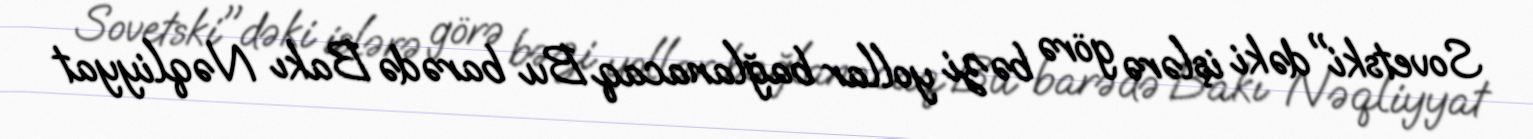
Sovetski"dəki işlərə görə bəzi yollar bağlanacaq Bu barədə Bakı Nəqliyyat